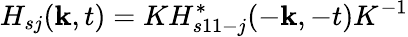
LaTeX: H_{sj}({\mathbf k},t)=KH_{s11-j}^{*}(-{\mathbf k},-t)K^{-1}